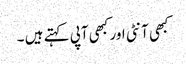
کبھی آنٹی اور کبھی آپی کہتے ہیں ۔